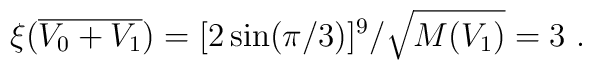
\xi({\overline {V_0+V_1}}) =[2\sin(\pi/3)]^9/{\sqrt{M(V_1)}} = 3~.